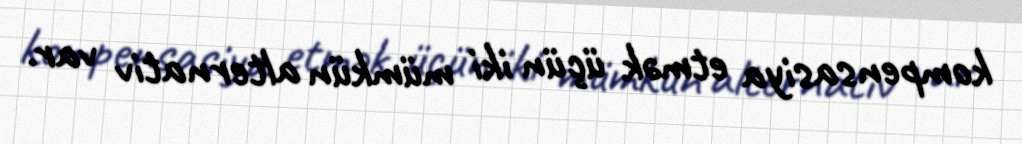
kompensasiya etmək üçün iki mümkün alternativ var.